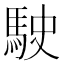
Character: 駛